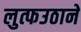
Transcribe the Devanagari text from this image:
लुत्फउठाने